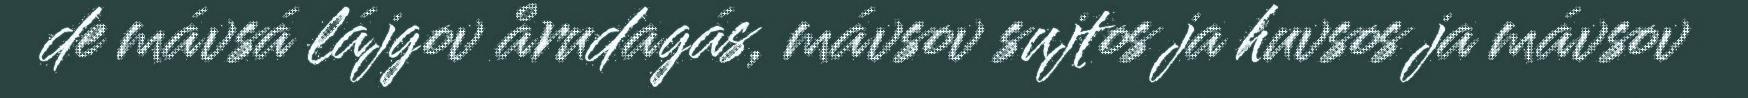
de mávsá lájgov årudagás, mávsov sujtos ja huvsos ja mávsov